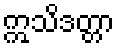
ဣသိဒတ္တာ